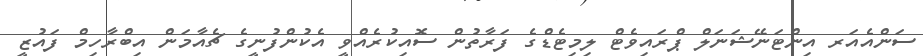
ސަންއެއަރ އިންޓަނޭޝަނަލް ޕްރައިވެޓް ލިމިޓެޑްގެ ފަރާތުން ސޮއިކުރެއްވީ އެކުންފުނީގެ ޗެއާމަން އިބްރާހިމް ފައުޒީ